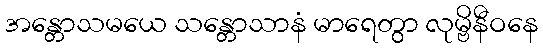
အန္တောသမယေ သန္တောသာနံ မာရေတွာ လုမ္ဗိနီဝနေ